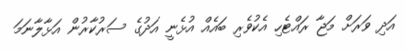
އަދި ވަރަށް މަޖާ ރައްޓެހި އެކުވެރި ބައެއް އުޅެނީ އަދުގެ ސަރުކާރުން އަޅާލާނަމަ